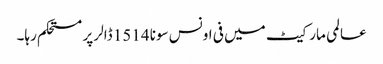
عالمی مارکیٹ میں فی اونس سونا 1514 ڈالر پر مستحکم رہا۔